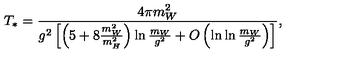
T _ { * } = \frac { 4 \pi m _ { W } ^ { 2 } } { g ^ { 2 } \left[ \left( 5 + 8 \frac { m _ { W } ^ { 2 } } { m _ { H } ^ { 2 } } \right) \ln \frac { m _ { W } } { g ^ { 2 } } + O \left( \ln \ln \frac { m _ { W } } { g ^ { 2 } } \right) \right] } ,